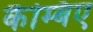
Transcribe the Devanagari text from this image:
कैम्बिए